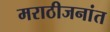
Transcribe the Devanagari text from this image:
मराठीजनांत